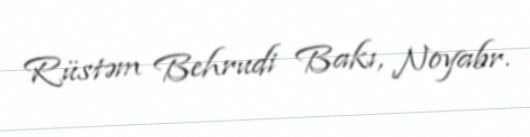
Rüstəm Behrudi Bakı, Noyabr.